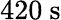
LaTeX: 420\ \mathrm{s}